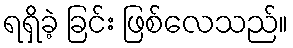
ရရှိခဲ့ ခြင်း ဖြစ်လေသည်။